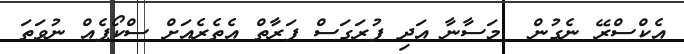
އެކްސްރޭ ނެގުން  މަސާނާ އަދި ފުރަގަސް ފަރާތް އެތެރެއަށް ސްކޯޕެއް ނުވަތަ